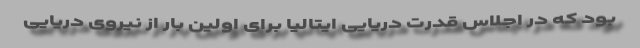
بود که در اجلاس قدرت دریایی ایتالیا برای اولین بار از نیروی دریایی